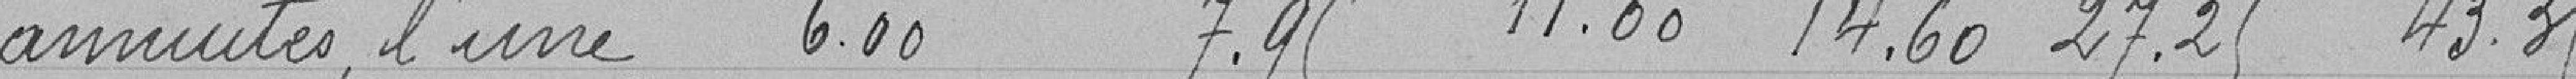
annuités, l'une 600 7.95 11.00 14.60 27.25 43.35